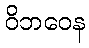
ဝိဘဝေန